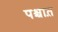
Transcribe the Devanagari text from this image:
पश्चात़